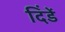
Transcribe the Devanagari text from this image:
दिंडें